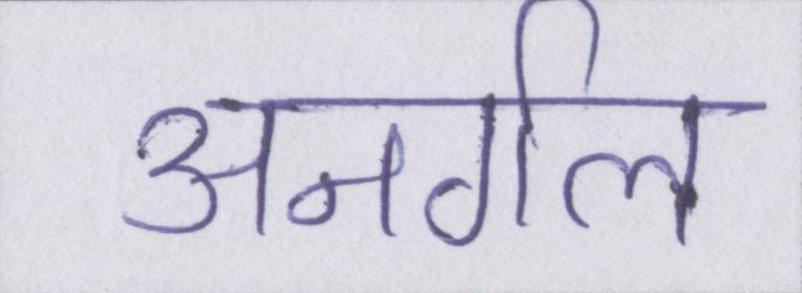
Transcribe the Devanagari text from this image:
अनर्गल